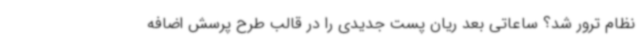
نظام ترور شد؟ ساعاتی بعد ریان پست جدیدی را در قالب طرح پرسش اضافه